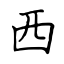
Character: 西